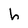
Character: h